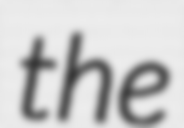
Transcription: the